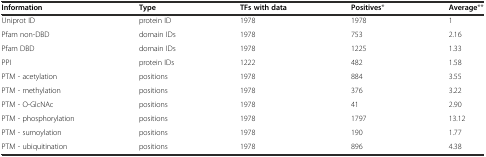
<table><thead><tr><td><b>Information</b></td><td><b>Type</b></td><td><b>TFs with data</b></td><td><b>Positives*</b></td><td><b>Average**</b></td></tr></thead><tbody><tr><td>Uniprot ID</td><td>protein ID</td><td>1978</td><td>1978</td><td>1</td></tr><tr><td>Pfam non-DBD</td><td>domain IDs</td><td>1978</td><td>753</td><td>2.16</td></tr><tr><td>Pfam DBD</td><td>domain IDs</td><td>1978</td><td>1225</td><td>1.33</td></tr><tr><td>PPI</td><td>protein IDs</td><td>1222</td><td>482</td><td>1.58</td></tr><tr><td>PTM - acetylation</td><td>positions</td><td>1978</td><td>884</td><td>3.55</td></tr><tr><td>PTM - methylation</td><td>positions</td><td>1978</td><td>376</td><td>3.22</td></tr><tr><td>PTM - O-GlcNAc</td><td>positions</td><td>1978</td><td>41</td><td>2.90</td></tr><tr><td>PTM - phosphorylation</td><td>positions</td><td>1978</td><td>1797</td><td>13.12</td></tr><tr><td>PTM - sumoylation</td><td>positions</td><td>1978</td><td>190</td><td>1.77</td></tr><tr><td>PTM - ubiquitination</td><td>positions</td><td>1978</td><td>896</td><td>4.38</td></tr></tbody></table>